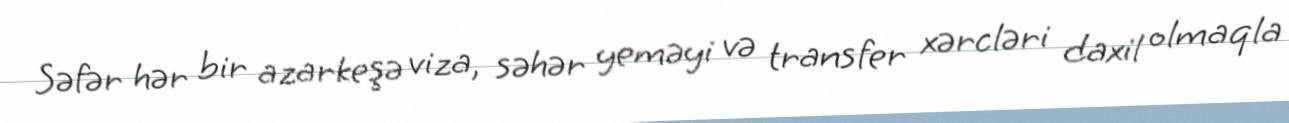
Səfər hər bir azarkeşə viza, səhər yeməyi və transfer xərcləri daxil olmaqla